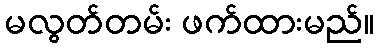
မလွတ်တမ်း ဖက်ထားမည်။